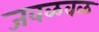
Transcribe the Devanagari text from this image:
जवळवळ